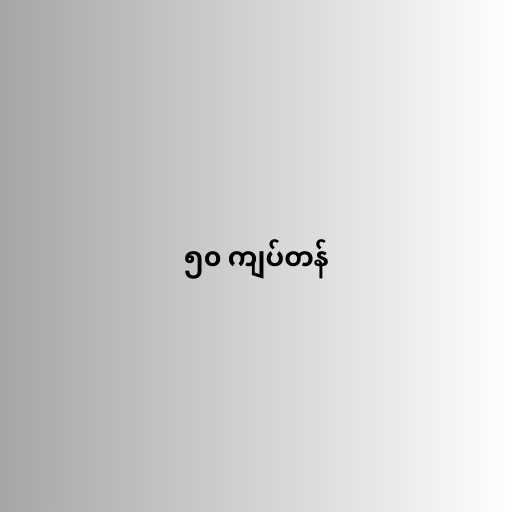
၅၀ ကျပ်တန်